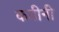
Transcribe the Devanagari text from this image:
कमीनी